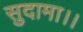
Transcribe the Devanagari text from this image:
सुदामा।।